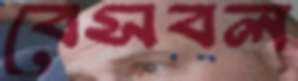
বেসবল